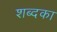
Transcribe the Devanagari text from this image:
शब्दका